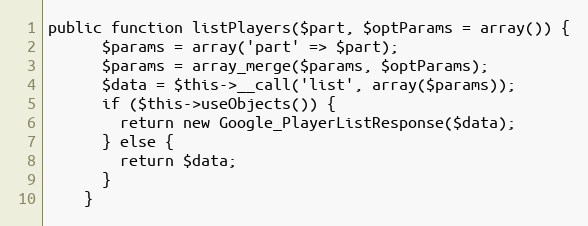
Language: PHP
public function listPlayers($part, $optParams = array()) {
      $params = array('part' => $part);
      $params = array_merge($params, $optParams);
      $data = $this->__call('list', array($params));
      if ($this->useObjects()) {
        return new Google_PlayerListResponse($data);
      } else {
        return $data;
      }
    }